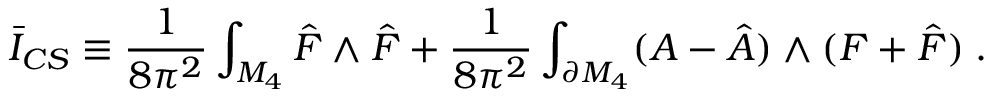
\bar { I } _ { C S } \equiv \frac { 1 } { 8 \pi ^ { 2 } } \int _ { { \cal M } _ { 4 } } \hat { F } \wedge \hat { F } + \frac { 1 } { 8 \pi ^ { 2 } } \int _ { \partial { \cal M } _ { 4 } } ( A - \hat { A } ) \wedge ( F + \hat { F } ) \; .